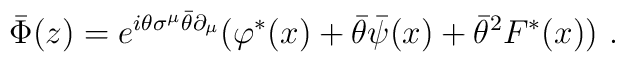
\bar{\Phi}(z)= e^{i\theta \sigma^\mu \bar\theta\partial_\mu}(\varphi^*(x)+\bar{\theta} \bar{\psi}(x)+ \bar{\theta}^2 F^*(x))\,\,.